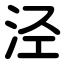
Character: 泾